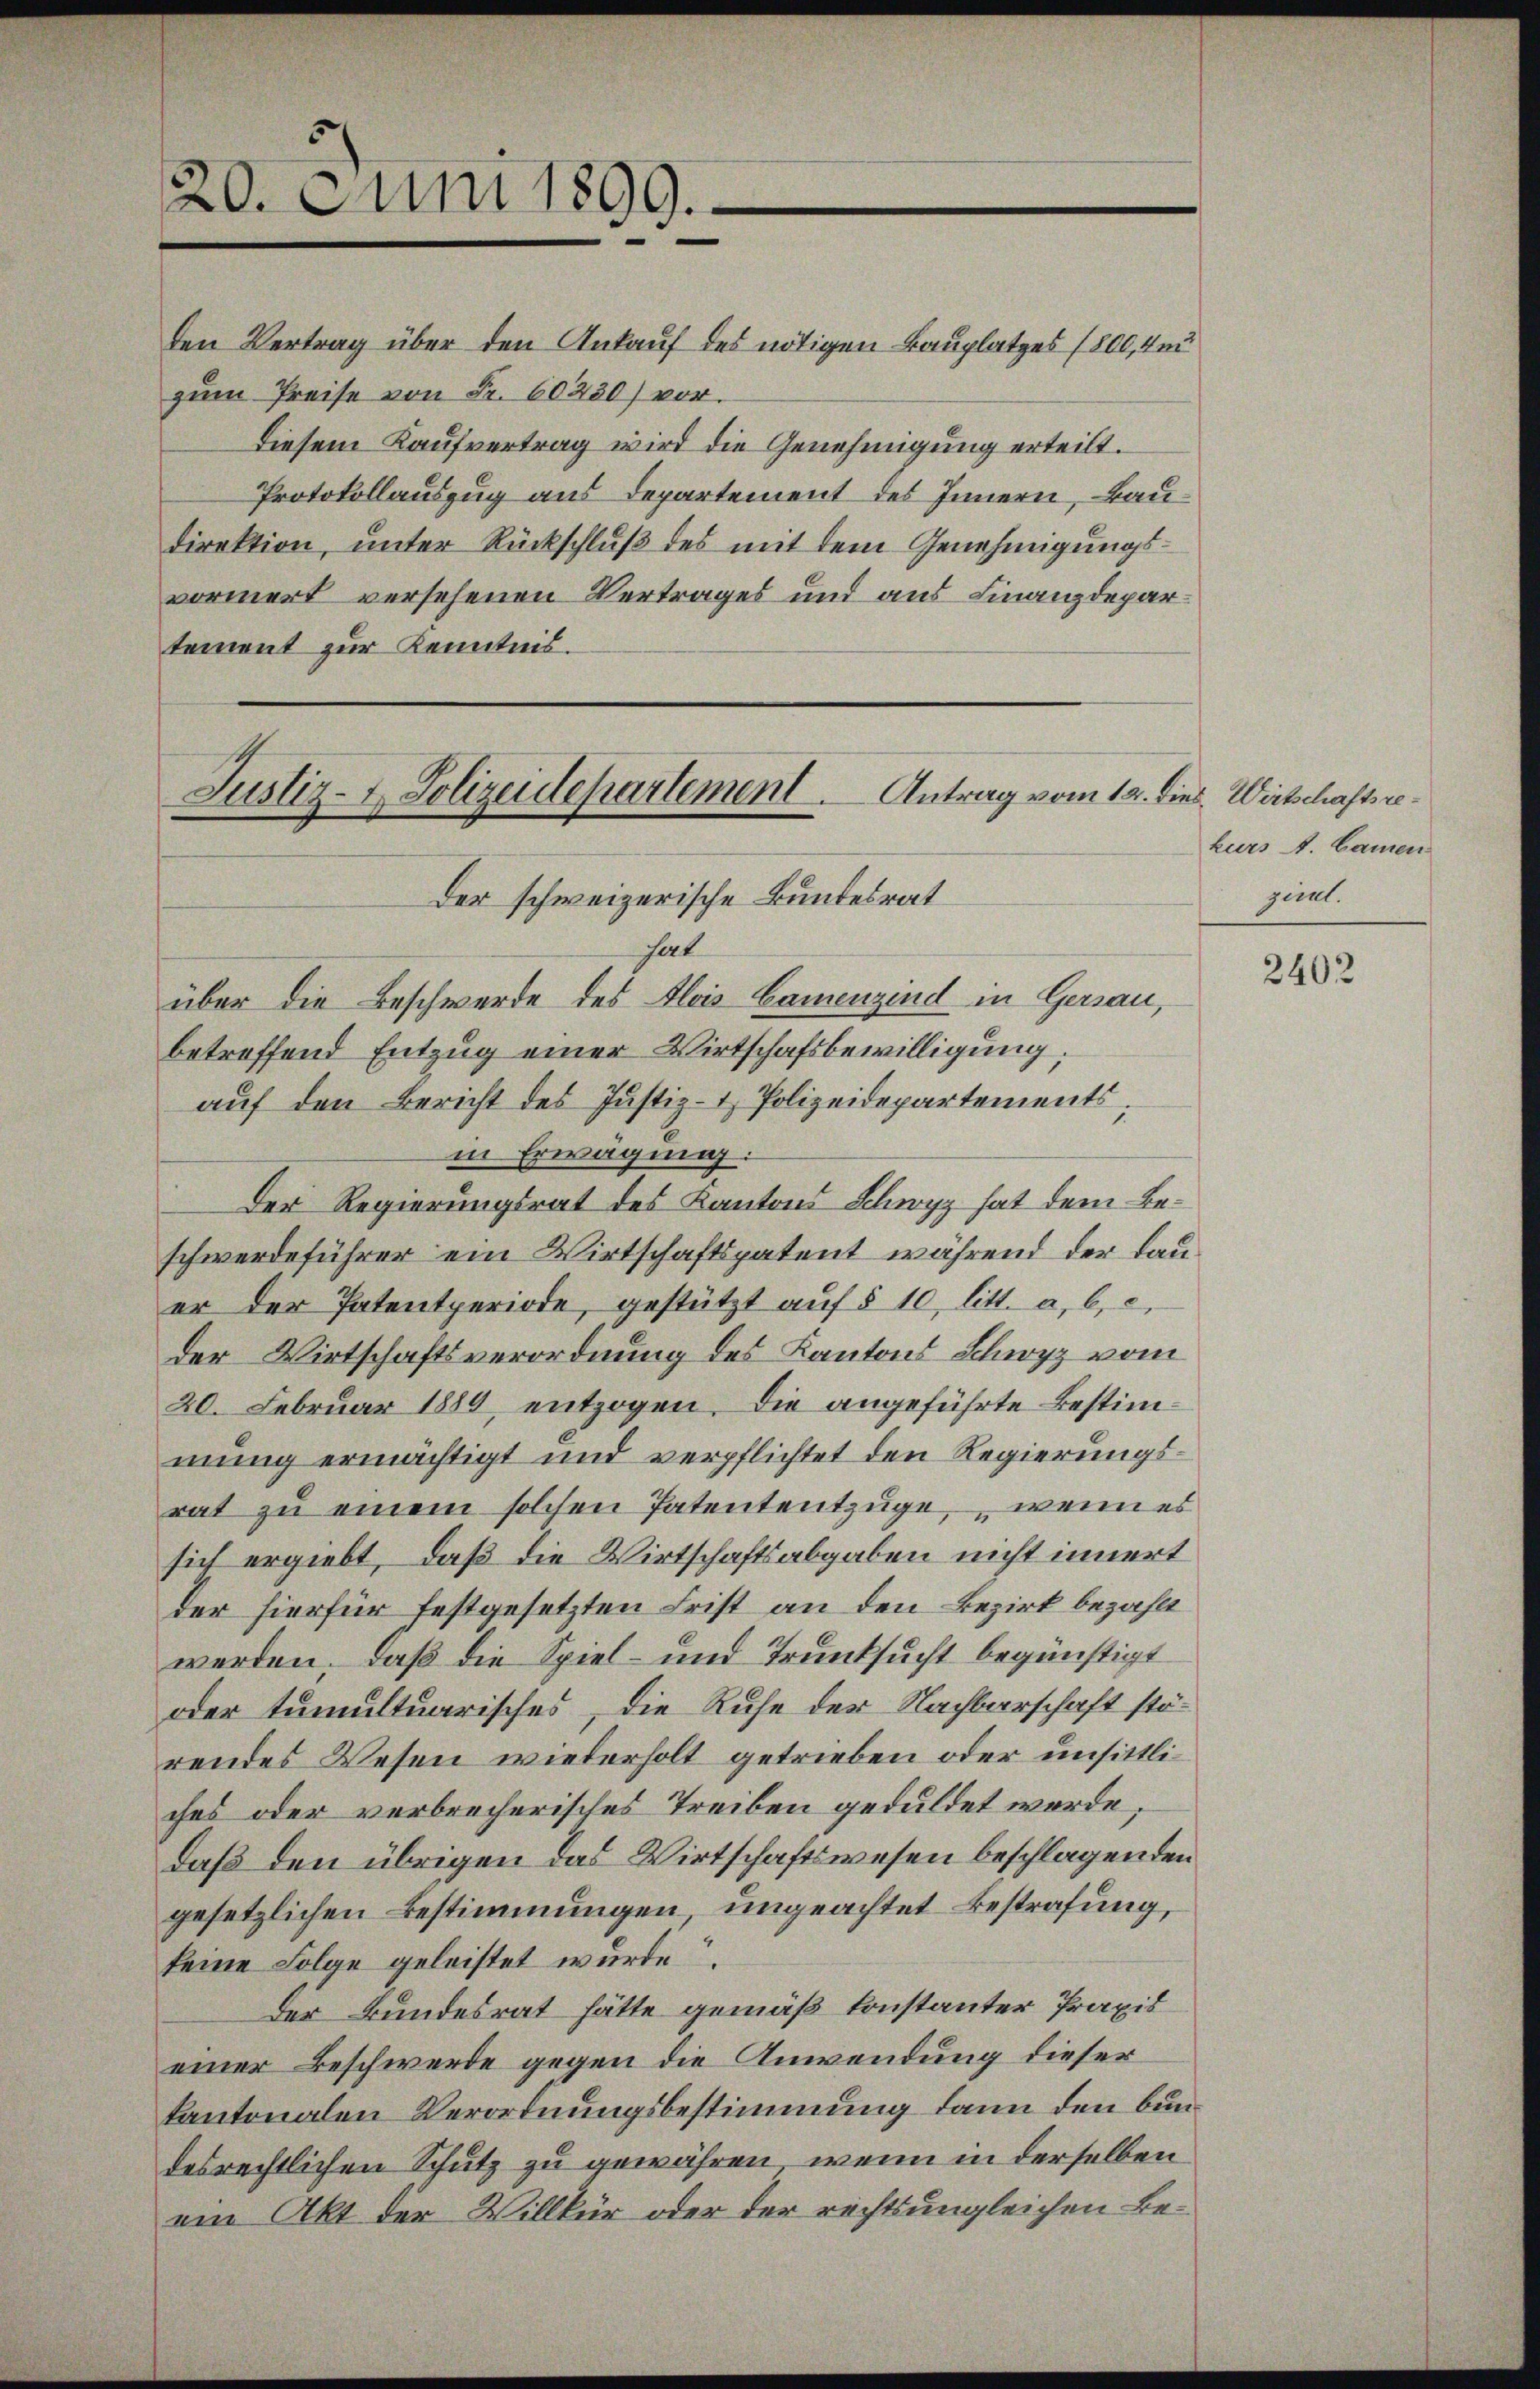
20. Juni 1899.

den Vertrag über den Ankauf des nötigen Bauplatzes (800,4m
zum Preise von Fr. 60230) vor.
Diesem Kaufvertrag wird die Genehmigung erteilt.
Protokollauszug aus Departement des Innern, Baudirektion, unter Rückschluß des mit dem Genehmigungsvormert versehenen Vertrages und aus Finanzdepartement zur Kenntnis.

Justiz- & Polizeidepartement. Antrag vom 12. dies. Wirtschaftsre¬
Der schweizerische Bundesrat

hat
über die Beschwerde des Alois Camenzind in Gersau,
betreffend Entzug einer Wirtschaftbewilligung,
aŭf den Bericht des Justiz- & Polizeidepartements,
in Erwägung:
Der Regierungsrat des Kantons Schwyz hat dem Beschwerdeführer ein Wirtschaftspatent während der Lauer der Patentperiode, gestützt aŭf § 10 litt. a, b, c,
der Wirtschaftsverordnung des Kantons Schwyz vom
20. Februar 1889 entzogen. Die angeführte Bestimmung ermächtigt und verpflichtet den Regierungsrat zu einem solchen Patententzüge, wenn es
sich ergiebt, daß die Wirtschaftsabgaben nicht innert
der hierfür festgesetzten Frist an den Bezirk bezahlt
werden, daß die Spiel- und Trunksucht begünstigt
oder tumultuarisches, die Ruhe der Nachbarschaft störendes Wesen wiederholt getrieben oder unsittliches oder verbrecherisches Treiben geduldet werde,
daß den übrigen das Wirtschaftswesen beschlagenden
gesetzlichen Bestimmungen ungeachtet Bestrafung,
keine Folge geleistet wurde.
Der Bundesrat hätte gemäß konstanter Praxis
einer Beschwerde gegen die Anwendung dieser
kantonalen Verordnungsbestimmung dann den Bundesrechtlichen Schutz zu gewähren, wenn in derselben
ein Akt der Willkür oder der rechts ungleichen Be¬

kurs A. Camen
zient.

2402